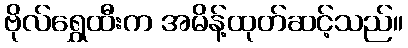
ဗိုလ်ရွှေထီးက အမိန့်ထုတ်ဆင့်သည်။